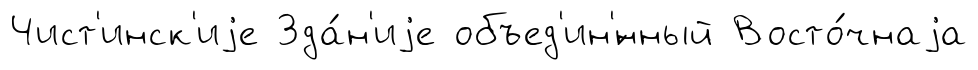
Чист'инск'иjе Зда́н'иjе объед'ин'́нный Восто́чнаjа